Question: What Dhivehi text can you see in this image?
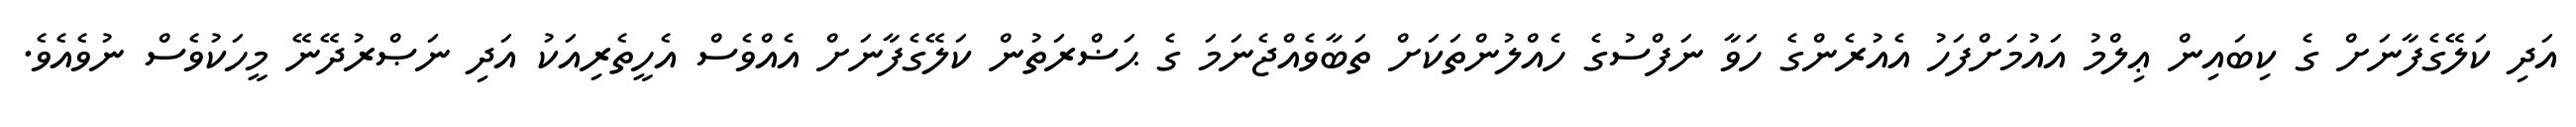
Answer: އަދި ކަލޭގެފާނަށް ގެ ކިބައިން ޢިލްމު އައުމަށްފަހު އެއުރެންގެ ހަވާ ނަފްސުގެ ހެއްލުންތަކަށް ތަބާވެއްޖެނަމަ ގެ ޙަޟްރަތުން ކަލޭގެފާނަށް އެއްވެސް އެހީތެރިއަކު އަދި ނަޞްރުދޭނޭ މީހަކުވެސް ނުވެއެވެ.